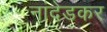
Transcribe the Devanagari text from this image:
नांदेडकर